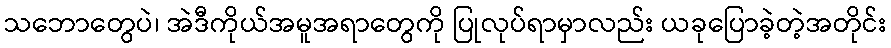
သဘောတွေပဲ၊ အဲဒီကိုယ်အမူအရာတွေကို ပြုလုပ်ရာမှာလည်း ယခုပြောခဲ့တဲ့အတိုင်း